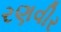
રણવીર